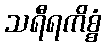
သရီရကိစ္စံ